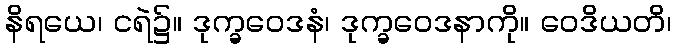
နိရယေ၊ ငရဲ၌။ ဒုက္ခဝေဒနံ၊ ဒုက္ခဝေဒနာကို။ ဝေဒိယတိ၊